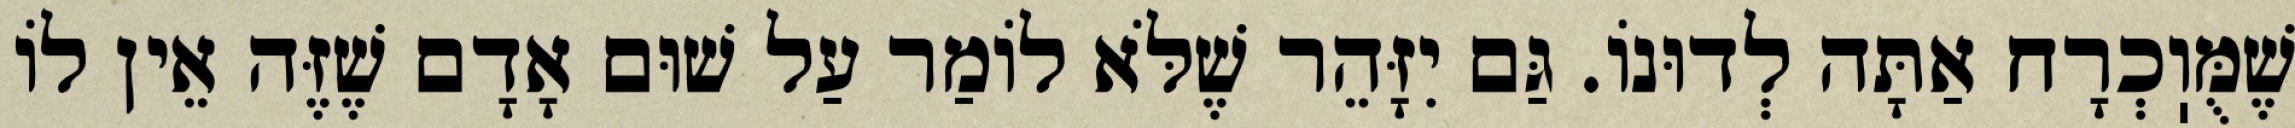
שֶׁמֻּוֽכְרָח אַתָּה לְדוּנוֹ. גַּם יִזָּהֵר שֶׁלֹּא לוֹמַר עַל שׁוּם אָדָם שֶׁזֶּה אֵין לוֹ